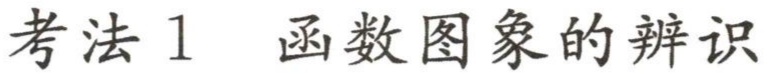
考法1 函数图象的辨识